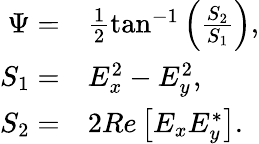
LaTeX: \begin{array}{rl}{\Psi=}&{{}\frac{1}{2}\tan^{-1}\left(\frac{S_{2}}{S_{1}}\right),}\\ {S_{1}=}&{{}E_{x}^{2}-E_{y}^{2},}\\ {S_{2}=}&{{}2Re\left[E_{x}E_{y}^{*}\right].}\end{array}